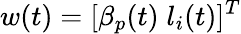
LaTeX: w(t)=[\beta_{p}(t)\; l_{i}(t)]^{T}